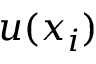
u ( x _ { i } )